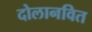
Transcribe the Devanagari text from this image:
दोलानवित